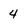
Character: 4